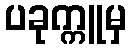
ပခုက္ကူမှ